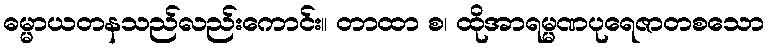
ဓမ္မာယတနသည်လည်းကောင်း။ တာထာ စ၊ ထိုအာရမ္မဏပုရေဇာတစသော